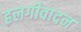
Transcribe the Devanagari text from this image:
हलगीवादन